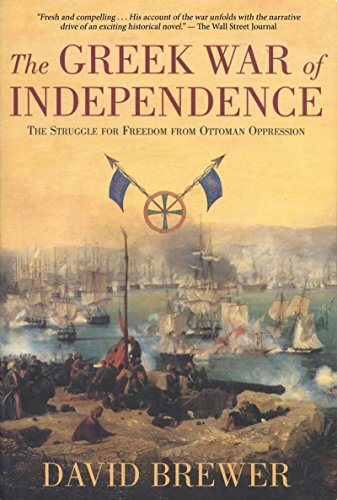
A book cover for The Greek War of Independence: The Struggle for Freedom and from Ottoman Oppression; David Brewer; History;